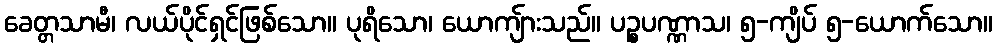
ခေတ္တသာမီ၊ လယ်ပိုင်ရှင်ဖြစ်သော။ ပုရိသော၊ ယောကျ်ားသည်။ ပဉ္စပဏ္ဏာသ၊ ၅-ကျိပ် ၅-ယောက်သော။